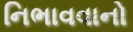
નિભાવવાનો